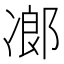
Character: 𠗷